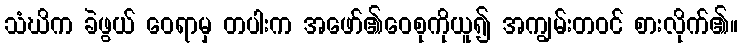
သံဃိက ခဲဖွယ် ဝေရာမှ တပါးက အဖော်၏ဝေစုကိုယူ၍ အကျွမ်းတဝင် စားလိုက်၏။